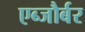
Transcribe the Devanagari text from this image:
एब्जौर्बर